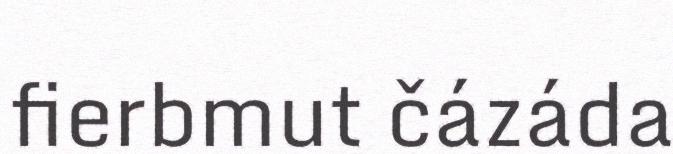
fierbmut čázáda